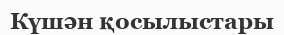
Күшән қосылыстары